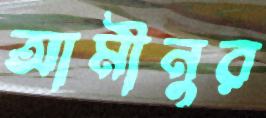
আমীনুর